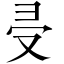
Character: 𠬶